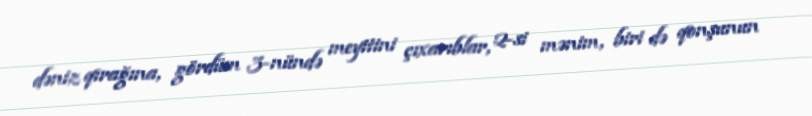
dəniz qırağına, gördüm 3-nündə meyitini çıxarıblar, 2-si mənim, biri də qonşunun